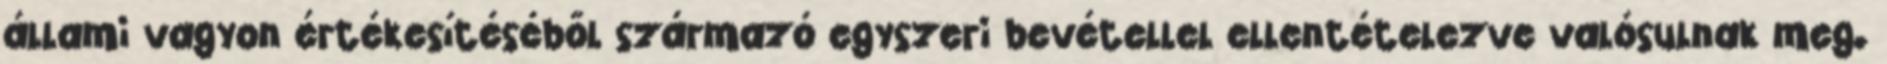
állami vagyon értékesítéséből származó egyszeri bevétellel ellentételezve valósulnak meg.